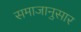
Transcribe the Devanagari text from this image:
समाजानुसार